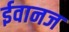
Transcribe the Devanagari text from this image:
ईवानज